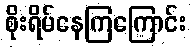
စိုးရိမ်နေကြကြောင်း